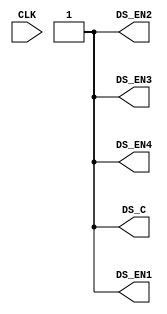
/*
*   Introduction to FPGA and Verilog
*
*   Viktor Prutyanov, 2019
*
*   Problem set #03
*/

/*
*   Top-level module
*/
module top(
    input CLK,

    output DS_C,
    output DS_EN1, DS_EN2, DS_EN3, DS_EN4
);

assign {DS_EN1, DS_EN2, DS_EN3, DS_EN4} = 4'b1111;

/*
*   Problem 1/:
*   Make an instance of the parametrized clock divider module (clk_div)
*   written in the previous problem set.
*   Connect CLK to the input and DS_C to the output of the divider.
*   Choose any value of parameter X in range [11; 14].
*/

endmodule